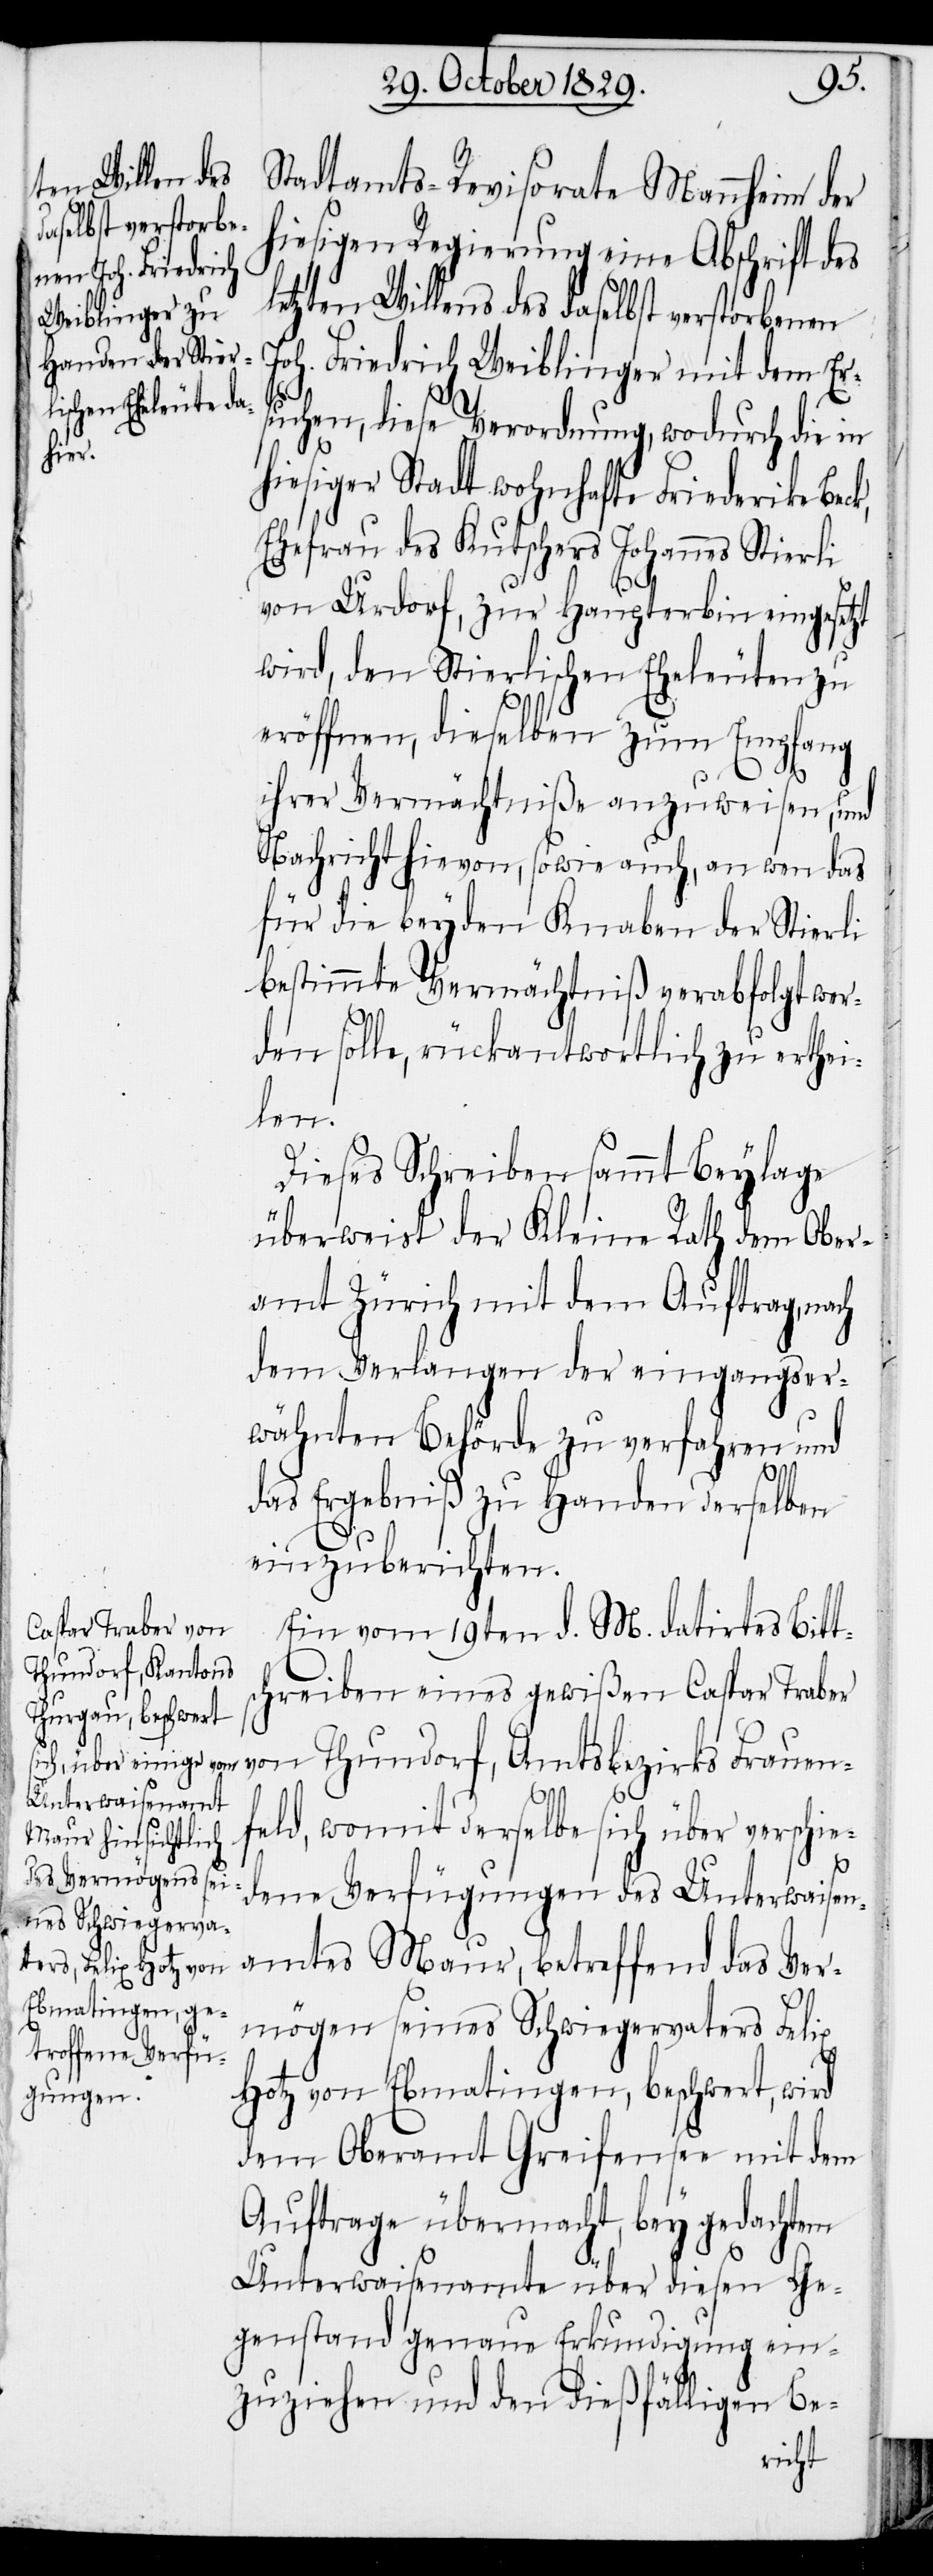
Stadtamts-Revisorate Mannheim der
hiesigen Regierung eine Abschrift des
letzten Willens des daselbst verstorbenen
Joh. Friedrich Weiblinger mit dem Ers¬
uchen, diese Verordnung, wodurch die in
hiesiger Stadt wohnhafte Friederike Bec¬
Ehefrau des Kutscher Johannes Stierli
von Urdorf, zur Haupterbin eingesetzt
wird, den Stierlichen Eheleuten zu
eröffnen, dieselben zum Empfang
ihrer Vermächtniße anzuweisen, und
Nachricht hievon, sowie auch, an wen das
für die beyden Knaben der Stierli
bestimmte Vermächtniß verabfolgt wer¬
den solle, rückantwortlich zu erthei¬
len.
Dieses Schreiben sammt Beylage
überweist der Kleine Rath dem Ober¬
amt Zürich mit dem Auftrag, nach
dem Verlangen der eingangser¬
wähten Behörde zu verfahren und
das Ergebniß zu Handen derselben
einzuberichten.
Ein vom 19ten d. M. datirtes Bitt¬
schreiben eines gewißen Caspar Traber
von Thundorf, Amtsbezirks Frauen¬
feld, womit derselbe sich über verschie¬
dene Verfügungen des Unterwaisen¬
amtes Maur, betreffend das Ver¬
mögen seines Schwiegervaters Felix
k,
Hotz von Ebmatingen, beschwert, wird
dem Oberamt Greifensee mit dem
Auftrage übermacht, bey gedachtem
Unterwaisenamte über diesen Ge¬
genstand genaue Erkundigung ein¬
zuziehen und den dießfälligen Be-